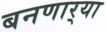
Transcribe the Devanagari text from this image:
बनणार्‍या